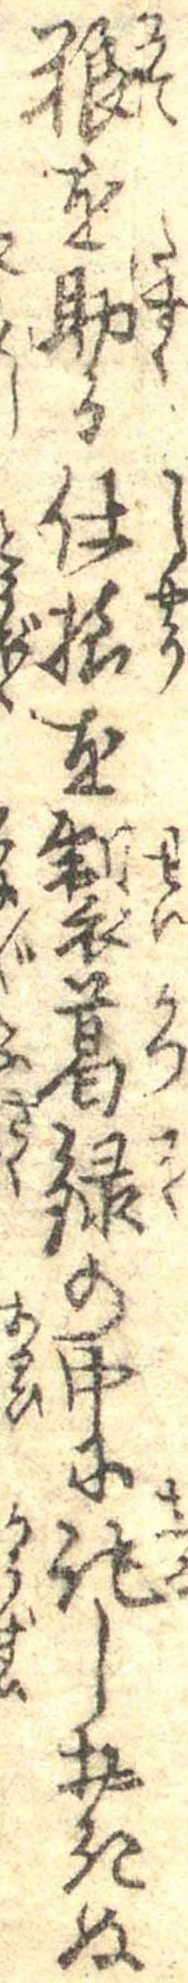
糧を助る仕様を製葛録の中に記しおきぬ